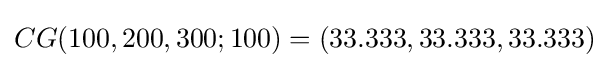
CG(100,200,300;100)=(33.333,33.333,33.333)